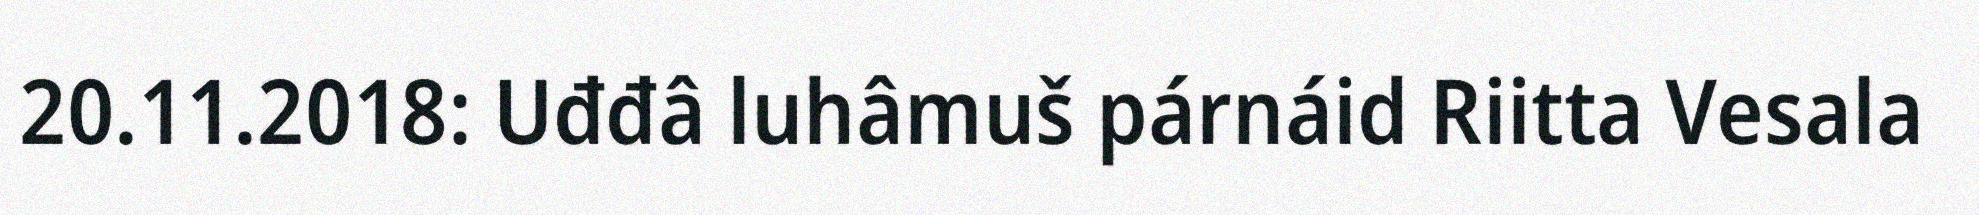
20.11.2018: Uđđâ luhâmuš párnáid Riitta Vesala